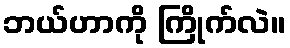
ဘယ်ဟာကို ကြိုက်လဲ။